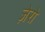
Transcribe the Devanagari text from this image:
ज़ेरो